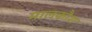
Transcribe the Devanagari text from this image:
मालकौश